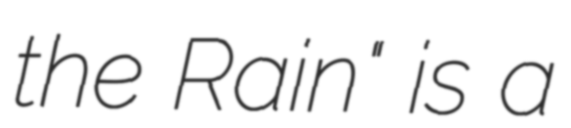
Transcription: the Rain" is a